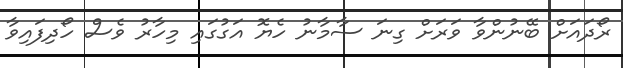
ރޯދައަށް ބޭނުންވާ ވަރަށް ގިނަ ސާމާނު ހެޔޮ އަގުގައި މިހާރު ވެސް ހޯދިފައިވާ